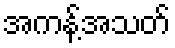
အကန့်အသတ်